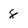
Character: 8